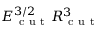
E _ { \mathrm { ~ c ~ u ~ t ~ } } ^ { 3 / 2 } R _ { \mathrm { ~ c ~ u ~ t ~ } } ^ { 3 }